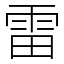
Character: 雷